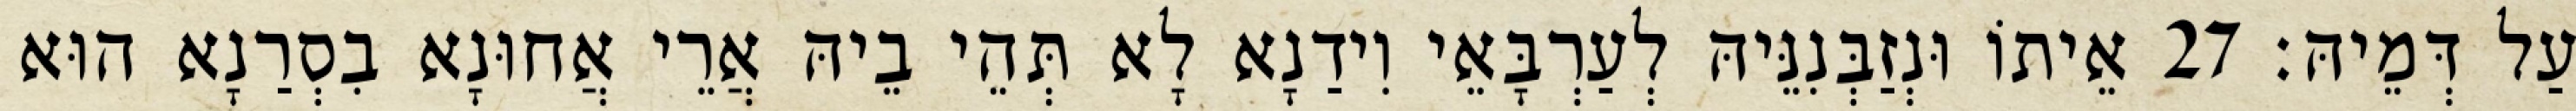
עַל דְּמֵיהּ׃ 27 אֵיתוֹ וּנְזַבְּנִנֵּיהּ לְעַרְבָּאֵי וִידַנָא לָא תְּהֵי בֵיהּ אֲרֵי אֲחוּנָא בִסְרַנָא הוּא